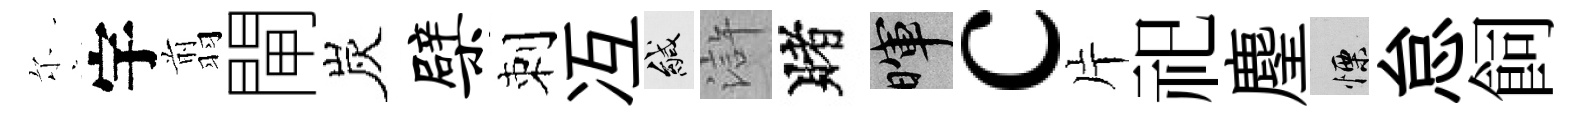
尓宇翦閘炭檗刺冱緘滸賭暉c片祀麈慄怠飼